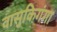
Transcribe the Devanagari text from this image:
वासुकिगंगा